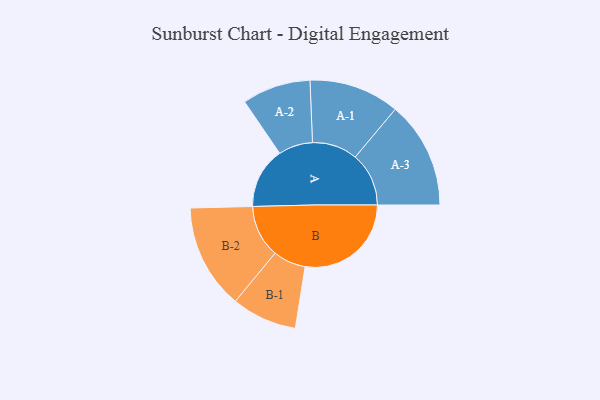
{"axis": {"x": "Segment", "y": "Value"}, "legend": ["", "A", "B"], "data": [{"x": "A", "y": 228, "type": ""}, {"x": "B", "y": 396, "type": ""}, {"x": "A-1", "y": 169, "type": "A"}, {"x": "A-2", "y": 128, "type": "A"}, {"x": "A-3", "y": 200, "type": "A"}, {"x": "B-1", "y": 122, "type": "B"}, {"x": "B-2", "y": 196, "type": "B"}]}